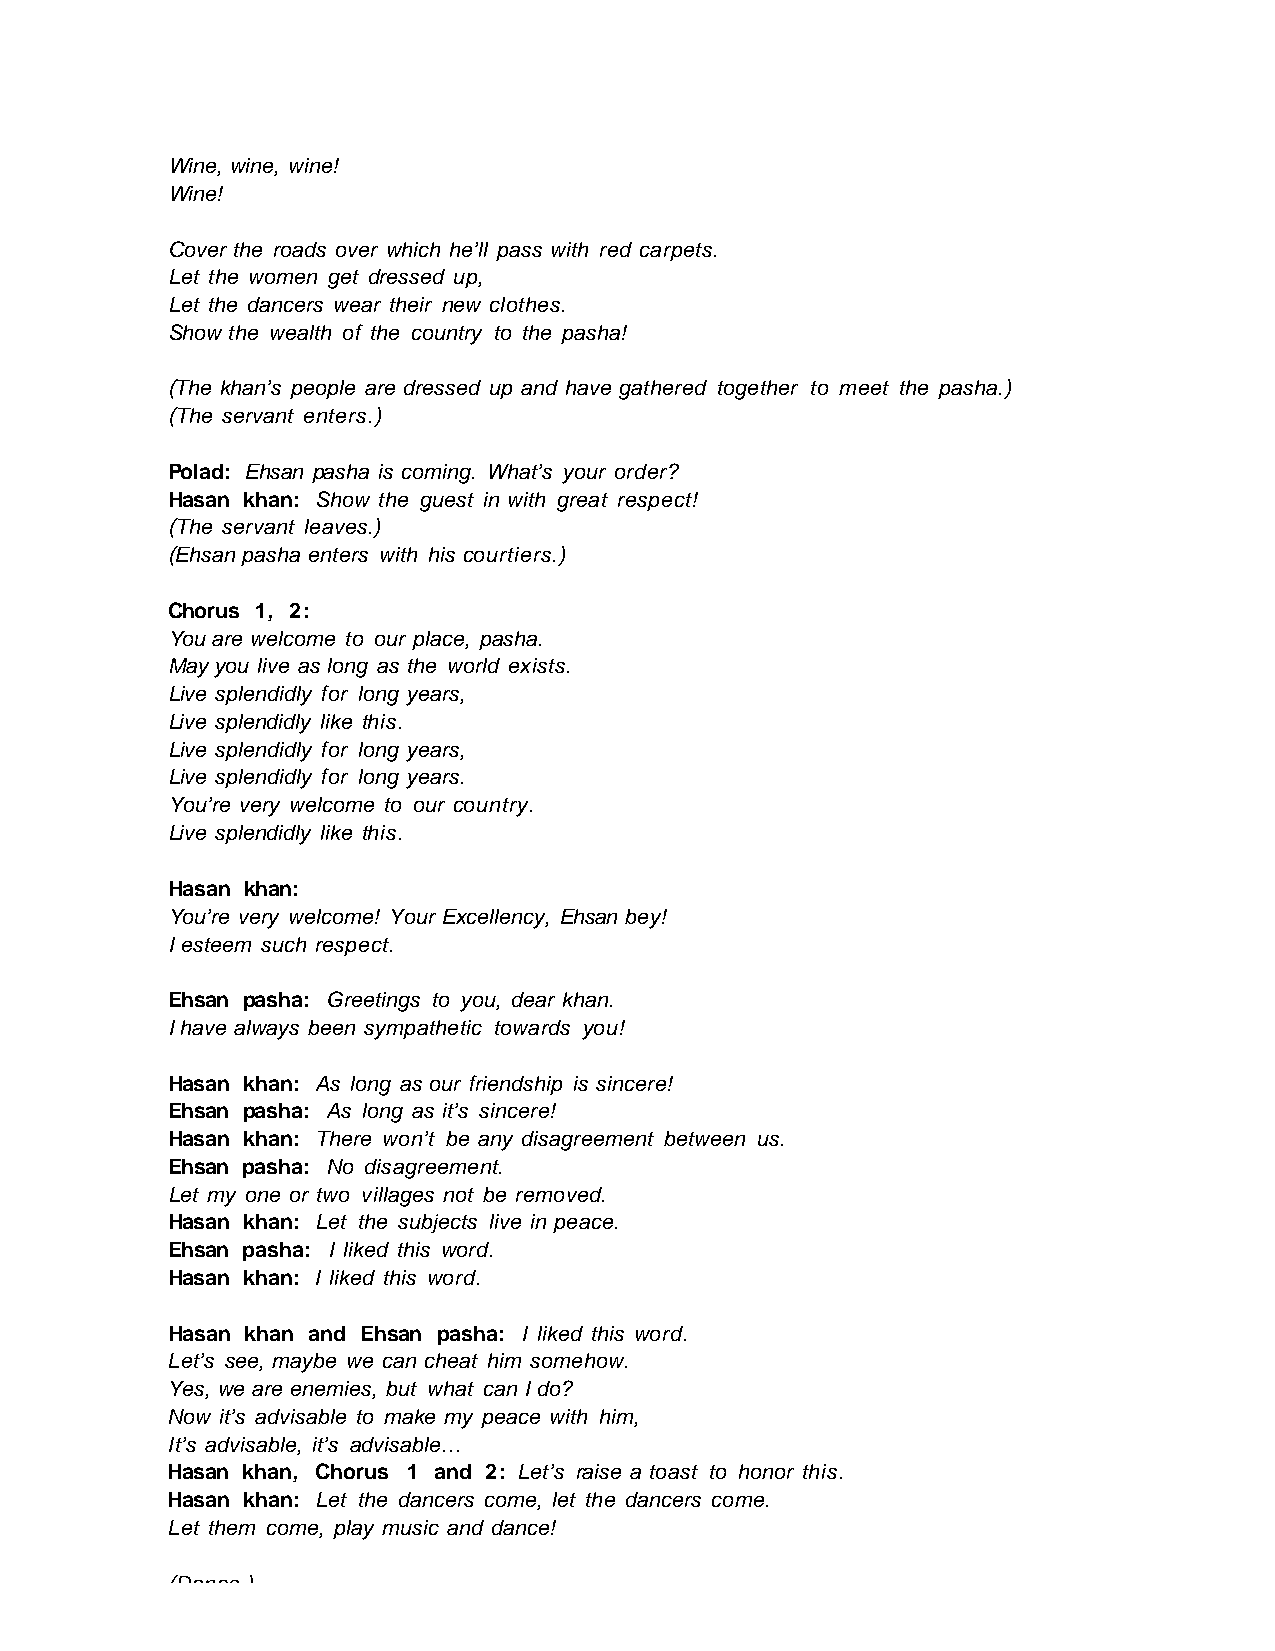
Wine, wine, wine!
 Wine!
 Cover the roads over which he’ll pass with red carpets.
 Let the women get dressed up,
 Let the dancers wear their new clothes.
 Show the wealth of the country to the pasha!
 (The khan’s people are dressed up and have gathered together to meet the pasha.)
 (The servant enters.)
 Polad: Ehsan pasha is coming. What’s your order?
 Hasan khan: Show the guest in with great respect!
 (The servant leaves.)
 (Ehsan pasha enters with his courtiers.)
 Chorus 1, 2:
 You are welcome to our place, pasha.
 May you live as long as the world exists.
 Live splendidly for long years,
 Live splendidly like this.
 Live splendidly for long years,
 Live splendidly for long years.
 You’re very welcome to our country.
 Live splendidly like this.
 Hasan khan:
 You’re very welcome! Your Excellency, Ehsan bey!
 I esteem such respect.
 Ehsan pasha: Greetings to you, dear khan.
 I have always been sympathetic towards you!
 Hasan khan: As long as our friendship is sincere!
 Ehsan pasha: As long as it’s sincere!
 Hasan khan: There won’t be any disagreement between us.
 Ehsan pasha: No disagreement.
 Let my one or two villages not be removed.
 Hasan khan: Let the subjects live in peace.
 Ehsan pasha: I liked this word.
 Hasan khan: I liked this word.
 Hasan khan and Ehsan pasha: I liked this word.
 Let’s see, maybe we can cheat him somehow.
 Yes, we are enemies, but what can I do?
 Now it’s advisable to make my peace with him,
 It’s advisable, it’s advisable…
 Hasan khan, Chorus 1 and 2: Let’s raise a toast to honor this.
 Hasan khan: Let the dancers come, let the dancers come.
 Let them come, play music and dance!
 (Dance )